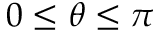
0 \leq \theta \leq \pi